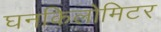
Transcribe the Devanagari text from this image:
घनकिलोमिटर